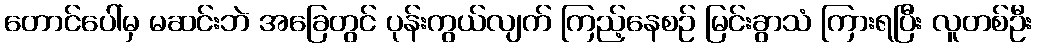
တောင်ပေါ်မှ မဆင်းဘဲ အခြေတွင် ပုန်းကွယ်လျက် ကြည့်နေစဉ် မြင်းခွာသံ ကြားရပြီး လူတစ်ဦး